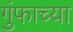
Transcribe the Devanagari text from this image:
गुंफाच्या